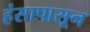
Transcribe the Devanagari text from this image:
हंसापासून